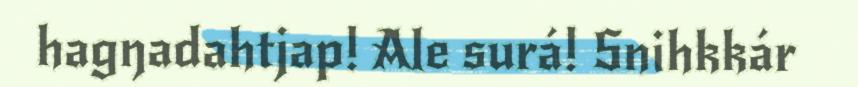
hagŋadahtjap! Ale surá! Snihkkár